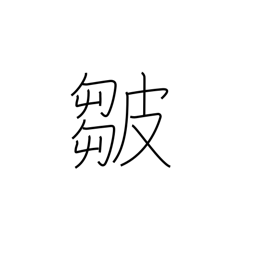
Meaning: folds